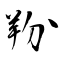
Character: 羒